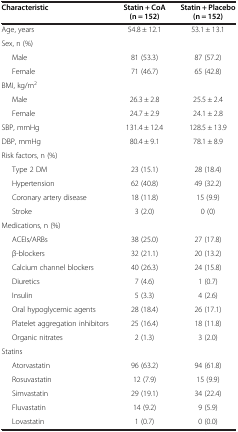
| Characteristic | Statin + CoA (n = 152) | Statin + Placebo (n = 152) |
 | --- | --- | --- |
 | Age, years | 54.8 ± 12.1 | 53.1 ± 13.1 |
 | Sex, n (%) |  |  |
 | Male | 81 (53.3) | 87 (57.2) |
 | Female | 71 (46.7) | 65 (42.8) |
 | BMI, kg/m2 |  |  |
 | Male | 26.3 ± 2.8 | 25.5 ± 2.4 |
 | Female | 24.7 ± 2.9 | 24.1 ± 2.8 |
 | SBP, mmHg | 131.4 ± 12.4 | 128.5 ± 13.9 |
 | DBP, mmHg | 80.4 ± 9.1 | 78.1 ± 8.9 |
 | Risk factors, n (%) |  |  |
 | Type 2 DM | 23 (15.1) | 28 (18.4) |
 | Hypertension | 62 (40.8) | 49 (32.2) |
 | Coronary artery disease | 18 (11.8) | 15 (9.9) |
 | Stroke | 3 (2.0) | 0 (0) |
 | Medications, n (%) |  |  |
 | ACEIs/ARBs | 38 (25.0) | 27 (17.8) |
 | β-blockers | 32 (21.1) | 20 (13.2) |
 | Calcium channel blockers | 40 (26.3) | 24 (15.8) |
 | Diuretics | 7 (4.6) | 1 (0.7) |
 | Insulin | 5 (3.3) | 4 (2.6) |
 | Oral hypoglycemic agents | 28 (18.4) | 26 (17.1) |
 | Platelet aggregation inhibitors | 25 (16.4) | 18 (11.8) |
 | Organic nitrates | 2 (1.3) | 3 (2.0) |
 | Statins |  |  |
 | Atorvastatin | 96 (63.2) | 94 (61.8) |
 | Rosuvastatin | 12 (7.9) | 15 (9.9) |
 | Simvastatin | 29 (19.1) | 34 (22.4) |
 | Fluvastatin | 14 (9.2) | 9 (5.9) |
 | Lovastatin | 1 (0.7) | 0 (0.0) |